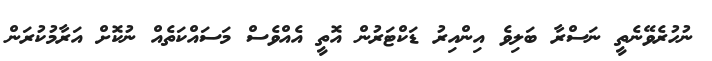
ނުހުރެވޭނެތީ ނަސްރާ ބަލިވެ އިންއިރު ޑަކްޓަރުން އޮތީ އެއްވެސް މަސައްކަތެއް ނުކޮށް އަރާމުކުރަން